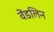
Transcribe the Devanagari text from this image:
वेंडलिन